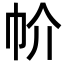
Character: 㠹